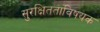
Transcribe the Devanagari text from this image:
सुरक्षितताविषयक